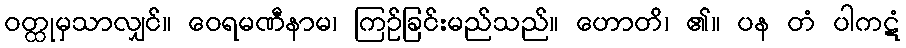
ဝတ္ထုမှသာလျှင်။ ဝေရမဏီနာမ၊ ကြဉ်ခြင်းမည်သည်။ ဟောတိ၊ ၏။ ပန တံ ပါကဋံ